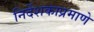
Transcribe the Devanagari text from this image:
निर्देशकाप्रमाणे